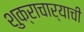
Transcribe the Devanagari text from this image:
शुक्राचार्याची